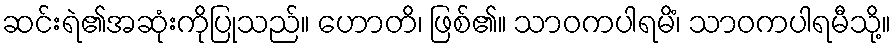
ဆင်းရဲ၏အဆုံးကိုပြုသည်။ ဟောတိ၊ ဖြစ်၏။ သာဝကပါရမိံ၊ သာဝကပါရမီသို့။